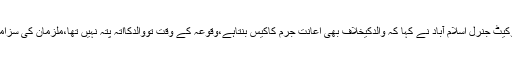
جسٹس یحییٰ آفریدی نے کہا کہ طیبہ کے والدکیخلاف پرچہ کیوں نہیں درج کرایاگیا،ایڈووکیٹ جنرل اسلام آباد نے کہا کہ والدکیخلاف بھی اعانت جرم کاکیس بنتاہے،وقوعہ کے وقت تووالدکااتہ پتہ نہیں تھا،ملزمان کی سزامیں اضافہ ہوناچاہئے،ٹرائل کورٹ نے سزابڑھانے کی اپیل پرجرمانہ کیا،سزانہیں بڑھائی۔